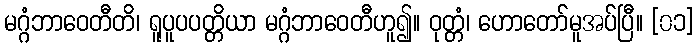
မဂ္ဂံဘာဝေတီတိ၊ ရူပူပပတ္တိယာ မဂ္ဂံဘာဝေတီဟူ၍။ ဝုတ္တံ၊ ဟောတော်မူအပ်ပြီ။ [၀၁]